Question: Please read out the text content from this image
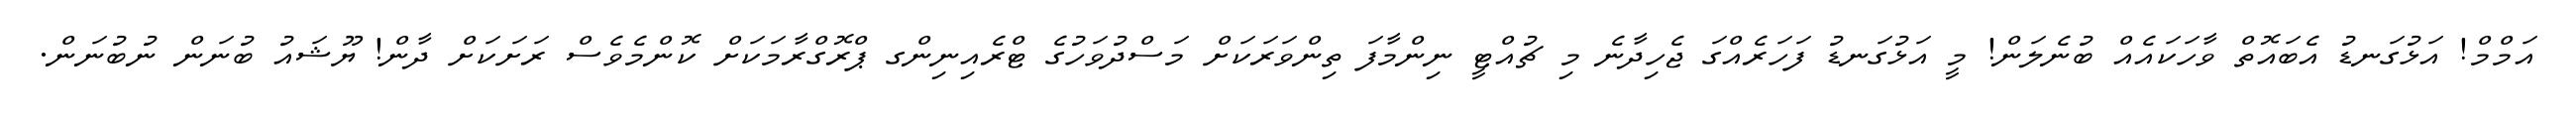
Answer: އަމްމް! އަޅުގަނޑު އެބައޮތް ވާހަކައެއް ބުނެލަން! މީ އަޅުގަނޑު ފަހަރެއްގަ ޖެހިދާނެ މި ޗުއްޓީ ނިންމާފަ ތިންވަރަކަށް މަސްދުވަހުގެ ޓްރެއިނިންގ ޕްރޮގްރާމަކަށް ކޮންމެވެސް ރަށަކަށް ދާން! ޔޫޝައު ބުނަން ނުބުނަން.